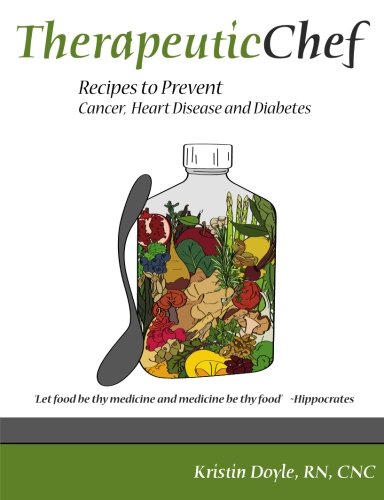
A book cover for Therapeutic Chef: Recipes to prevent cancer, heart disease and diabetes; CNC, Kristin Doyle RN; Cookbooks, Food & Wine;